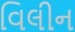
વિલીન